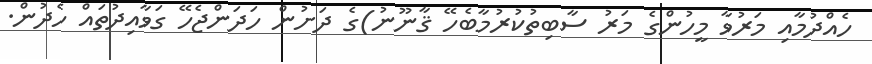
ހެއްދުމާއި މަރުވާ މީހުންގެ މަރު ސާބިތުކުރުމާބެހޭ ޤާނޫނު)ގެ ދަށުން ހަދަންޖެހޭ ގަވާއިދުތައް ހެދުން.